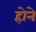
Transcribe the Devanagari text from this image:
हाेने